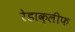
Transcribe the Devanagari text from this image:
रेडाक्लीफ